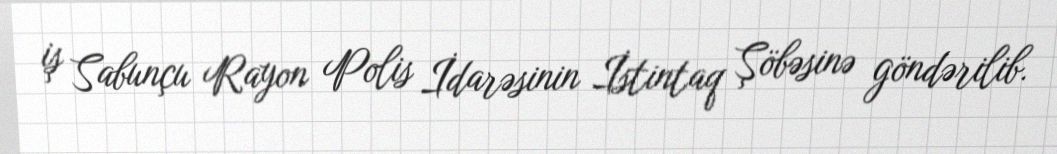
iş Sabunçu Rayon Polis İdarəsinin İstintaq Şöbəsinə göndərilib.